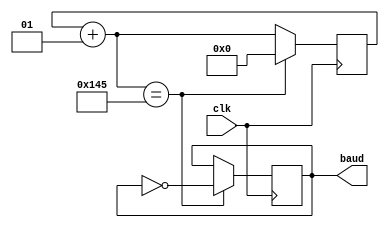
module baudrateGen(
    input clk,
    output baud
    );
    
    reg baud;
    integer counter;
    always @(posedge clk)
    begin
        counter = counter + 1;
        if (counter == 325) 
        begin 
            counter = 0; 
            baud = ~baud; 
        end
    end
endmodule